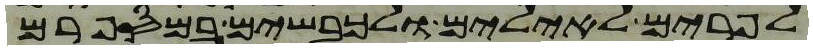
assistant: לפרים לאילים ולכבשים במספרם